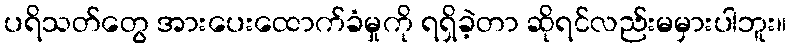
ပရိသတ်တွေ အားပေးထောက်ခံမှုကို ရရှိခဲ့တာ ဆိုရင်လည်းမမှားပါဘူး။